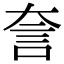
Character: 𧥢